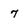
Character: 7